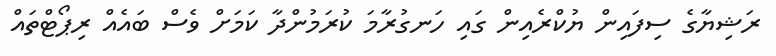
ރަޝިޔާގެ ސިފައިން ޔުކްރެއިން ގައި ހަނގުރާމަ ކުރަމުންދާ ކަމަށް ވެސް ބައެއް ރިޕޯޓްތައް